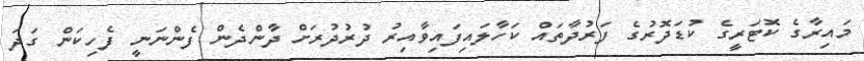
މައިރާގެ ކޮޓަރީގެ ކުޑަދޮރުގެ ފަރުދާތައް ކަހާލައިފައިވާއިރު ދުރުދުރަށް ދާންދެން ފެންނަނީ ފެހިކަން ގަދަ